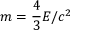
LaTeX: m = { \frac { 4 } { 3 } } E / c ^ { 2 }